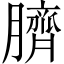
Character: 臍